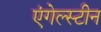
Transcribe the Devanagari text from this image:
एंगेल्स्टीन